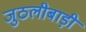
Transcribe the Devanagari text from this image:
जुठलीबाड़ी